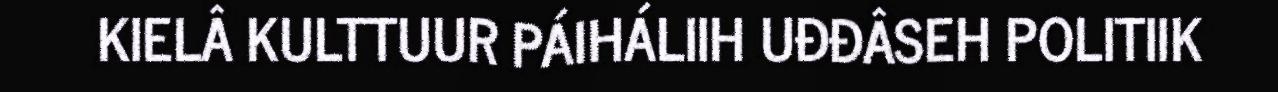
KIELÂ KULTTUUR PÁIHÁLIIH UĐĐÂSEH POLITIIK